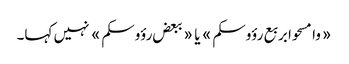
«وامسحوا بربع رؤوسکم» یا «ببعض رؤوسکم» نہیں کہا۔